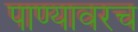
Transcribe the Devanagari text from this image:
पाण्यावरच